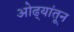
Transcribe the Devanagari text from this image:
ओढ्यांतून